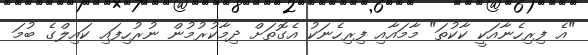
"އެ ފިރިހެނާއަކީ ކާކުތަ" މާމައާއި ފިރިހެނަކު އެގޮތަށް ދިމާކުރުމުން ނުރުހިފައި ކައިލްގެ ބުމަ